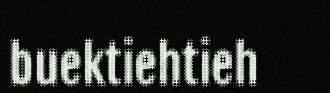
buektiehtieh